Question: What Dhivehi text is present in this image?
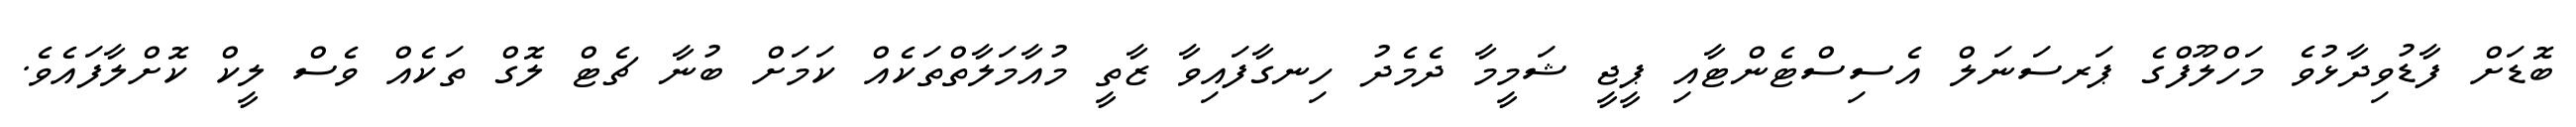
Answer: ބޮޑަށް ފާޑުވިދާޅުވެ މަހްލޫފްގެ ޕަރސަނަލް އެސިސްޓެންޓާއި ޕީޖީ ޝަމީމާ ދެމެދު ހިނގާފައިވާ ޒާތީ މުއާމަލާތްތަކެއް ކަމަށް ބުނާ ޗެޓް ލޮގް ތަކެއް ވެސް ލީކް ކޮށްލާފައެވެ.